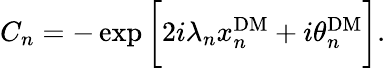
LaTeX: \begin{array}{r}{C_{n}=-\exp\bigg[2i\lambda_{n}x_{n}^{\mathrm{DM}}+i\theta_{n}^{\mathrm{DM}}\bigg].}\end{array}